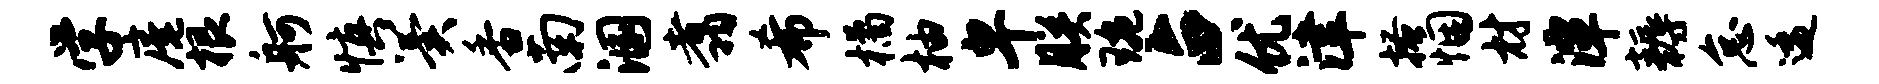
学庵根舸慎翼香南溷翥希橘柚卑朕琬占优津搔悃材潭耨怠逶